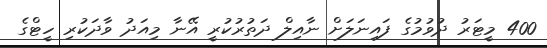
400 މީޓަރު ދުވުމުގެ ފައިނަލަށް ނާއިލް ދަތުރުކުރީ އޭނާ މިއަދު ވާދަކުރި ހީޓްގެ